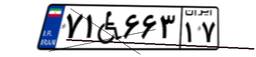
۷۱W۶۶۳۱۷